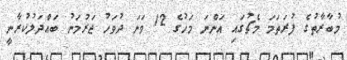
މުބާރާތުގެ ފުރަތަމަ މެޗުގައި އަންނަ މަހުގެ 12 ވަނަ ދުވަހު ޖަރުމަނު ބައްދަލުކުރާނީ